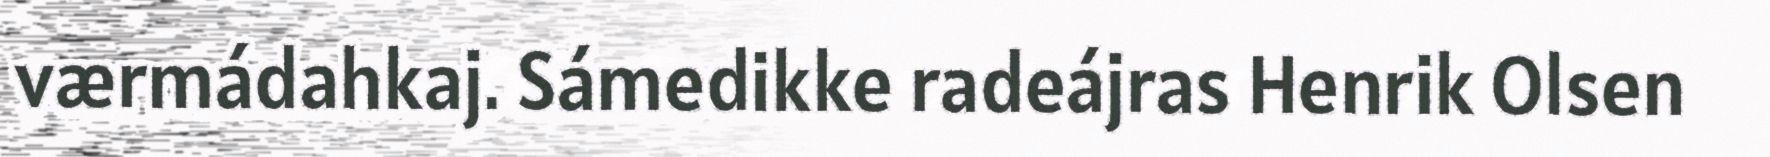
værmádahkaj. Sámedikke radeájras Henrik Olsen